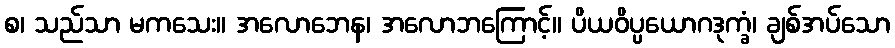
စ၊ သည်သာ မကသေး။ အလောဘေန၊ အလောဘကြောင့်။ ပိယဝိပ္ပယောဂဒုက္ခံ၊ ချစ်အပ်သော